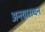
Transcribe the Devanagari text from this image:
अन्त्याराधन